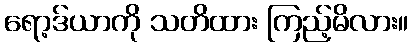
ရော့ဒ်ယာကို သတိထား ကြည့်မိလား။